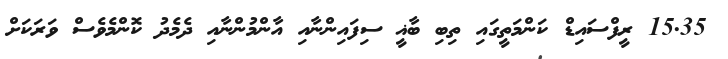
15.35 ރީފްސައިޑް ކަންމަތީގައި ތިބި ބާޣީ ސިފައިންނާއި އާންމުންނާއި ދެމެދު ކޮންމެވެސް ވަރަކަށް